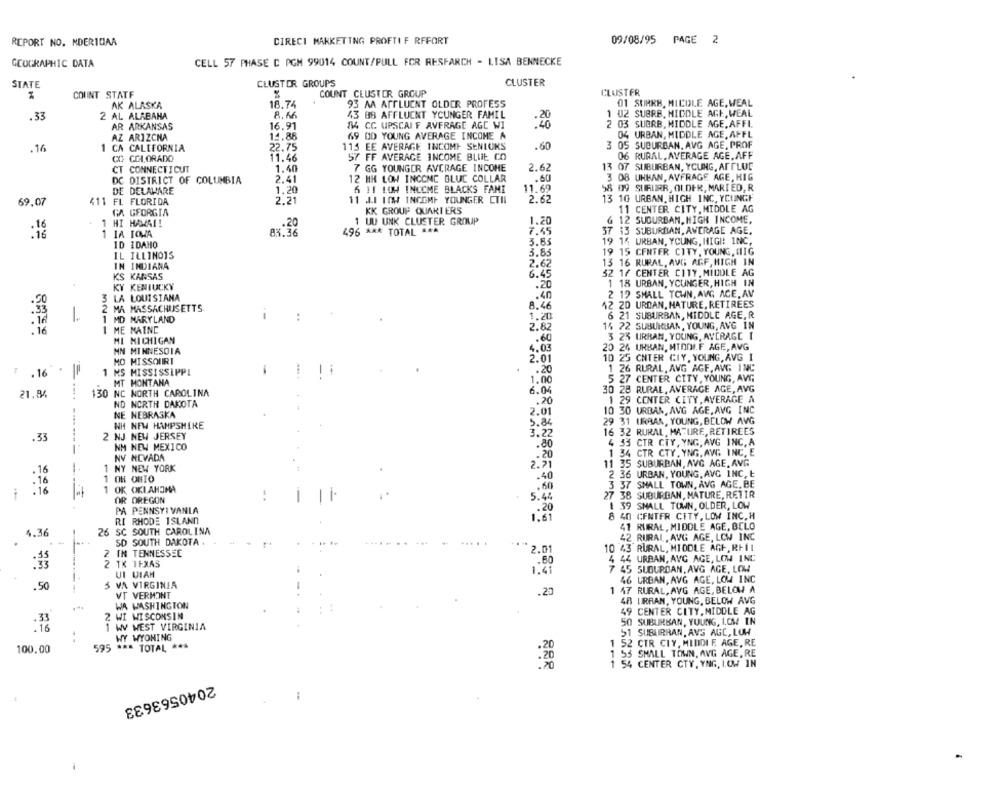
CIRECI MARKETING PROFTIF RFFORT
09/08/95 PAGE 2
REPORT NO. MDERICAA
GEOGRAPHIC DATA
CELL 57 PHASE C PGM 99014 COUNT/PULL FOR RESEARCH - LISA BENNECKE
STATE
CLUSTER GROUPS
CLUSTER
COUNT STATE
COUNT CLUSTER GROUP
CLUSTER
AK ALASKA
93 M AFFLUENT OLDER PROFESS
01 SUHRB, MICOLE AGE, WEAL
18.74
.33
2 AL ALABAHA
8.66
43 BB AFFLUENT YOUNGER FAMIL
1 02 SUBRB, MIDDLE AGE, WEAL
AR ARKANSAS
16.91
84 CC UPSCAL F AVERAGE AGE WI
.20
2 03 SUGRB, MIDDLE AGE, AFFI.
04 URBAN, MIDDLE AGE, AFFL
AZ ARIZCNA
14.88
69 OD YOUNG AVERAGE INCOME A
.16
1 CA CALIFORNIA
22.75
115 EE AVERAGE INCOME SENLUKS
.60
3 05 SUBURBAN, AVG AGE, PROF
CO COLORADO
11.46
57 FF AVERAGE INCOME BLUE CO
06 RURAL, AVERAGE AGE, AFF
1.40
13 07 SUBURBAN, YCLING, AFFLUC
CT CONNECTICUT
7 GG YOUNGER AVERAGE INCOME
2.62
DC DISTRICT OF COLUMBIA
2.41
12 MH LOW INCOME BLUE COLLAR
.60
3 08 UHHAN, AVFRAGE AGE, HIG
DE DELAMARE
1.20
6 11 LOW INCOME BLACKS FAMI
11.69
58 039 SURURR, OLDER, MARIED, R.
13 10 URBAN. HIGH INC. YCUNGF
69,07
411 FL FLORIDA
2.21
11 JI LOW INCOME YOUNGER CTIL
2.62
GA GEORGIA
KK GROUP QUARTERS
11 CENTER CITY, MIDDLE AG
1 UU UNK CLUSTER GROUP
1.20
6 12 SUBURBAN, HIGH INCOME,
1 HI HAMAI!
:18
1 IA IOWA
496 *** TOTAL ***
7.45
37 13 SUBURBAN, AVERAGE AGE.
ID IDAHO
3.65
19 14 URBAN, YOUNG, HIGH: INC,
3.85
19 15 CENTER CITY, YOUNG, HIG
IL ILLINOIS
13 16 RURAL, AVG AGF, HIGH IN
IN INDIANA
2.62
KS KANSAS
6.45
32 1/ CENTER CITY, MIDDLE AG
KY KENTUCKY
.20
1 18 URBAN. YOUNGER, HIGH IN
2 19 SMALL TOWN, AVG AGE, AV
3 LA LOUISIANA
.40
2 MA MASSACHUSETTS
8.46
12 20 URDAN, MATURE, RETIREES
1
-
..
1.20
6 21 SUBURBAN, MIDDLE AGE, R.
1 MD MARYLAND
14 22 SUBURBAN, YOUNG, AVG IN
:16
1 ME MAINE
2.82
MI MICHIGAN
.60
3 23 URBAN, YOUNG, AVERAGE [
4.03
20 26 URBAN, MIND.F AGE, AVG
MN MINNESOTA
MO MISSOURI
2.01
10 25 CNTER CIY, YOUNG, AVG 1
T .16 *
MS MISSISSIPPI
-
.20
1 26 RURAL, AVG AGE, AVG 1NC
MT MONTANA
1.00
5 27 CENTER CITY, YOUNG, AVG
30 28 RURAL, AVERAGE AGE, AVG
21.84
130 NC NORTH CAROLINA
6.04
ND NORTH DAKOTA
.20
1 29 CENTER CITY, AVERAGE A
2.01
10 30 URBAN, AVG AGE, AVG INC
NE NEBRASKA
WH NEW HAMPSHIRE
5.84
29 31 URBAN, YOUNG, BELOW AVG
2 NJ NEW JERSEY
3.22
16 32 RURAL, MATURE, RETIREES
.33
4 33 CTR CTY, YNG, AVG INC, A
-----
NM NEW MEXICO
.80
1 34 CTR CTY, YNG, AVG INC. E
NY NEVADA
.20
1 NY NEW YORK
2.71
11 35 SUBURBAN, AVG AGE. AVG
.16
.40
2 36 URBAN. YOUNG, AVG INC, E
. 16
1 OH OBIO
.16
1 OK OKLAHOMA
.60
3 37 SMALL TOWN, AVG AGE. BE
OR OREGON
..
5.44
27 38 SUBURBAN, MATURE, RETIR
.20
$ 39 SMALL TOWN, OLDER, LOW
PA PENNSYLVANIA
8 40 CENTER CITY, LOW INC. H
RI
RHODE ISLAND
1.61
26 SC SOUTH CAROLINA
41 RURAL, MIDDLE AGE, BCLO
4.36
42 RURAL, AVG AGE, LOW INC
SD SOUTH DAKOTA .
10 43 RURAL, MIDDLE AGE, RFIL
2 IN TENNESSEE
2.01
4 44 URBAN, AVG AGE, LOW IND
2 TK TEXAS
1:41
7 45 SUBURDAN, AVG AGE, LOW
UI VIAM
.50
5 VA VIRGINIA
46 URBAN, AVG AGE, LOW INC
.20
1 47 RURAL, AVG AGE, BELOW A
VT VERMONT
48 URRAN, YOUNG, BELOW AVG
WA WASHINGTON
2 WI WISCONSIN
49 CENTER CITY, MIDDLE AG
.33
1 WY WEST VIRGINIA
50 SUBURBAN, YOUNG, LOW IN
. 16
51 SUSURRAN, AVS AGC, LOW
WY WYOMING
100.00
595 *** TOTAL ***
.20
1 52 CTR CIY, MIDDI E. AGE, RE
1 55 SMALL TOWN, AVG AGE, RE
54 CENTER CTY. YNG, LOW IN
:
2040563633